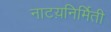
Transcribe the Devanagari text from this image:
नाटय़निर्मिती